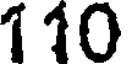
110